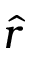
\hat { r }